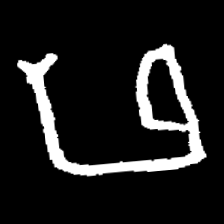
Pyu character \u2014 Myanmar letter: ဖ (romanized: pha)